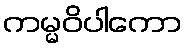
ကမ္မဝိပါကော